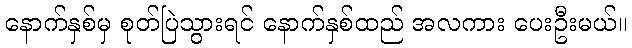
နောက်နှစ်မှ စုတ်ပြဲသွားရင် နောက်နှစ်ထည် အလကား ပေးဦးမယ်။